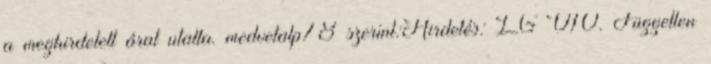
a meghirdetett árat utalta. medvetalp78 szerint:Hirdetés: LG V10. Független